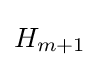
H_{m+1}